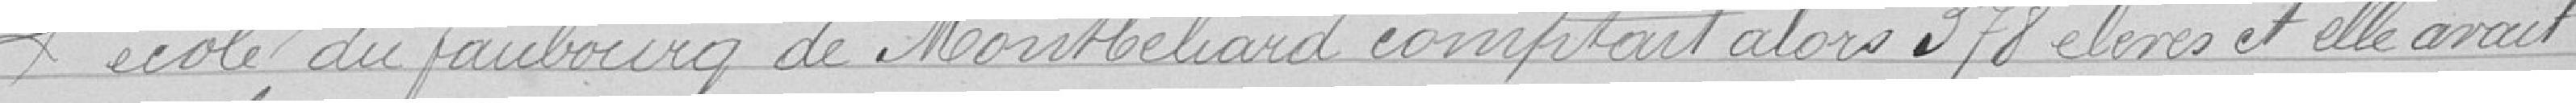
L'école du faubourg de Montbéliard comptait alors 372 élèves et elle avait